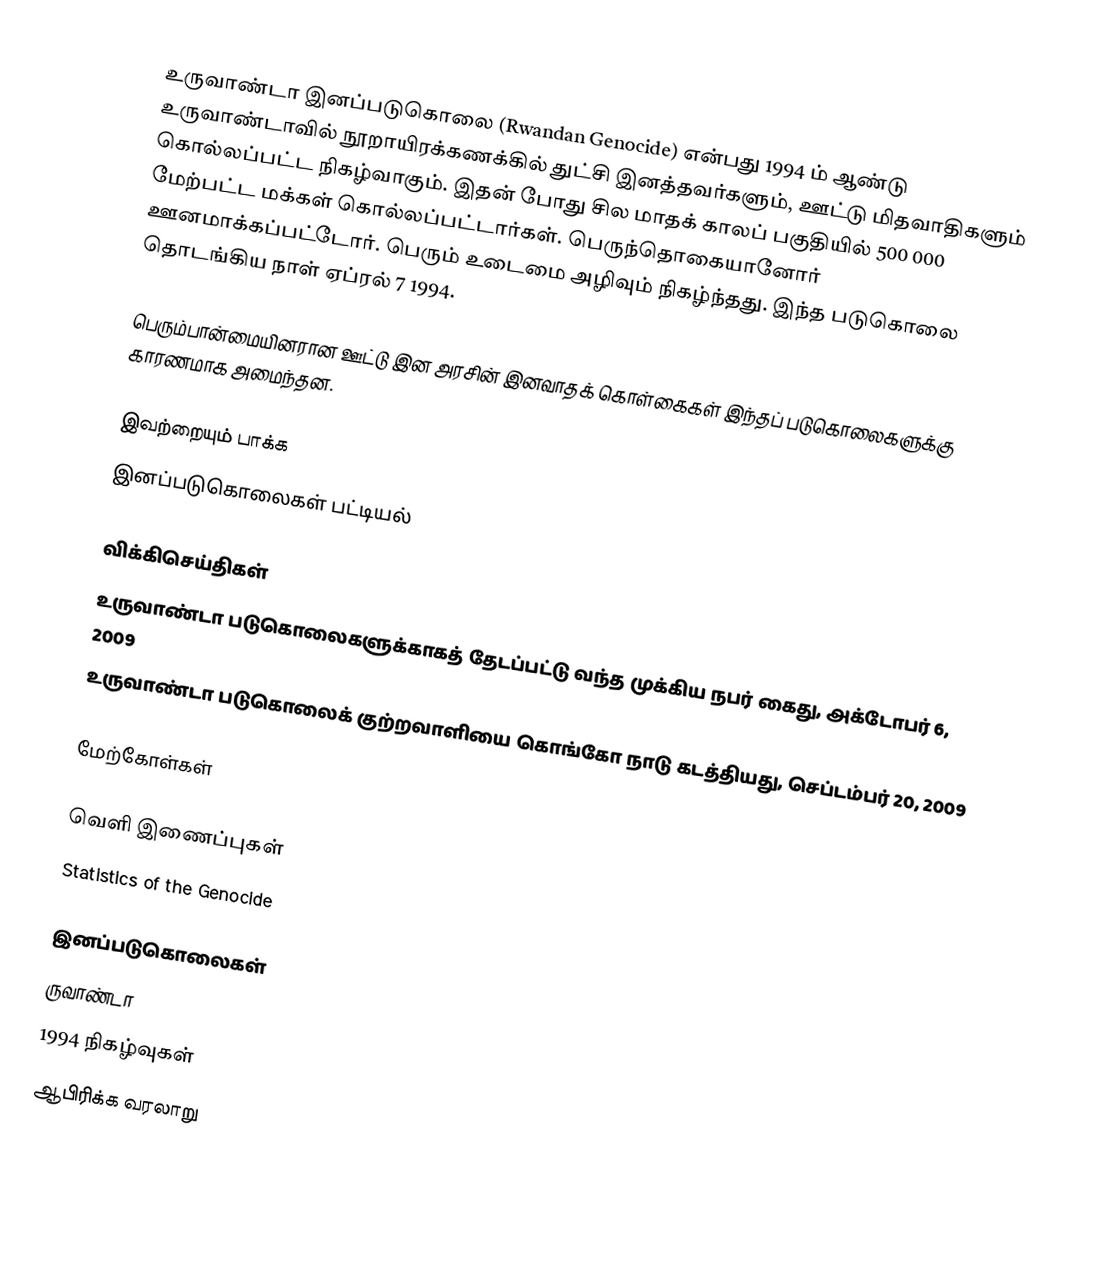
உருவாண்டா இனப்படுகொலை (Rwandan Genocide) என்பது 1994 ம் ஆண்டு உருவாண்டாவில் நூறாயிரக்கணக்கில் துட்சி இனத்தவர்களும், ஊட்டு மிதவாதிகளும் கொல்லப்பட்ட நிகழ்வாகும். இதன் போது சில மாதக் காலப் பகுதியில் 500 000 மேற்பட்ட மக்கள் கொல்லப்பட்டார்கள். பெருந்தொகையானோர் ஊனமாக்கப்பட்டோர். பெரும் உடைமை அழிவும் நிகழ்ந்தது. இந்த படுகொலை தொடங்கிய நாள் ஏப்ரல் 7 1994.

பெரும்பான்மையினரான ஊட்டு இன அரசின் இனவாதக் கொள்கைகள் இந்தப் படுகொலைகளுக்கு காரணமாக அமைந்தன.

இவற்றையும் பாக்க
 இனப்படுகொலைகள் பட்டியல்

விக்கிசெய்திகள்
 உருவாண்டா படுகொலைகளுக்காகத் தேடப்பட்டு வந்த முக்கிய நபர் கைது, அக்டோபர் 6, 2009
 உருவாண்டா படுகொலைக் குற்றவாளியை கொங்கோ நாடு கடத்தியது, செப்டம்பர் 20, 2009

மேற்கோள்கள்

வெளி இணைப்புகள்
 Statistics of the Genocide

இனப்படுகொலைகள்
ருவாண்டா
1994 நிகழ்வுகள்
ஆபிரிக்க வரலாறு